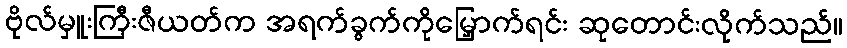
ဗိုလ်မှူးကြီးဇီယတ်က အရက်ခွက်ကိုမြှောက်ရင်း ဆုတောင်းလိုက်သည်။